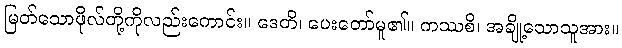
မြတ်သောဖိုလ်တို့ကိုလည်းကောင်း။ ဒေတိ၊ ပေးတော်မူ၏။ ကဿစိ၊ အချို့သောသူအား။